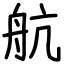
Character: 航